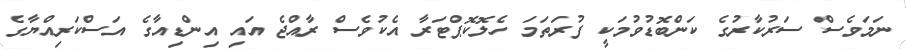
ނަމަވެސް ސަރުކާރުގެ ކަންބޮޑުވުމަކީ ފުރަތަމަ ހެލޮކޮޕްޓަރާ އެކުވެސް ރާއްޖެ އައި އިންޑިއާގެ އަސްކަރިއްޔާގެ